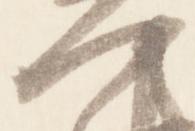
門